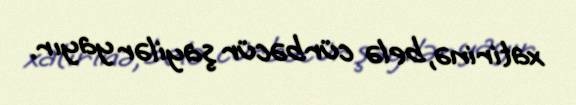
xatirinə, belə cürbəcür şayilər yayır.